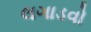
લગાડવો